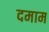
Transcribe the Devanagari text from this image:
दमाम